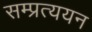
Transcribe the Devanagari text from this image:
सम्प्रत्ययन